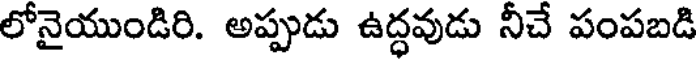
లోనైయుండిరి. అప్పుడు ఉద్ధవుడు నీచే పంపబడి